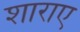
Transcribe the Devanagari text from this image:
शाराए